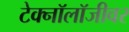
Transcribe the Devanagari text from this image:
टेक्नॉलॉजीवर